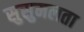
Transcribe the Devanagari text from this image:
सुसुमलता